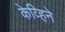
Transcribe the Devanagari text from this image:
केव्हिने